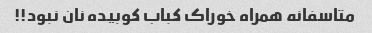
متاسفانه همراه خوراک کباب کوبیده نان نبود!!